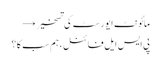
مائونٹ ایورسٹ کی تسخیر →
پی ایس ایل فائنل ، ہم سب کا ؟